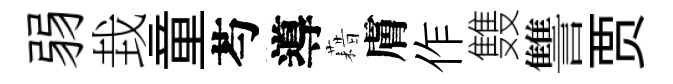
弱㘽童芍導藉膚作䨇讐贾